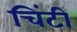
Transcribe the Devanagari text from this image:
चिंटी